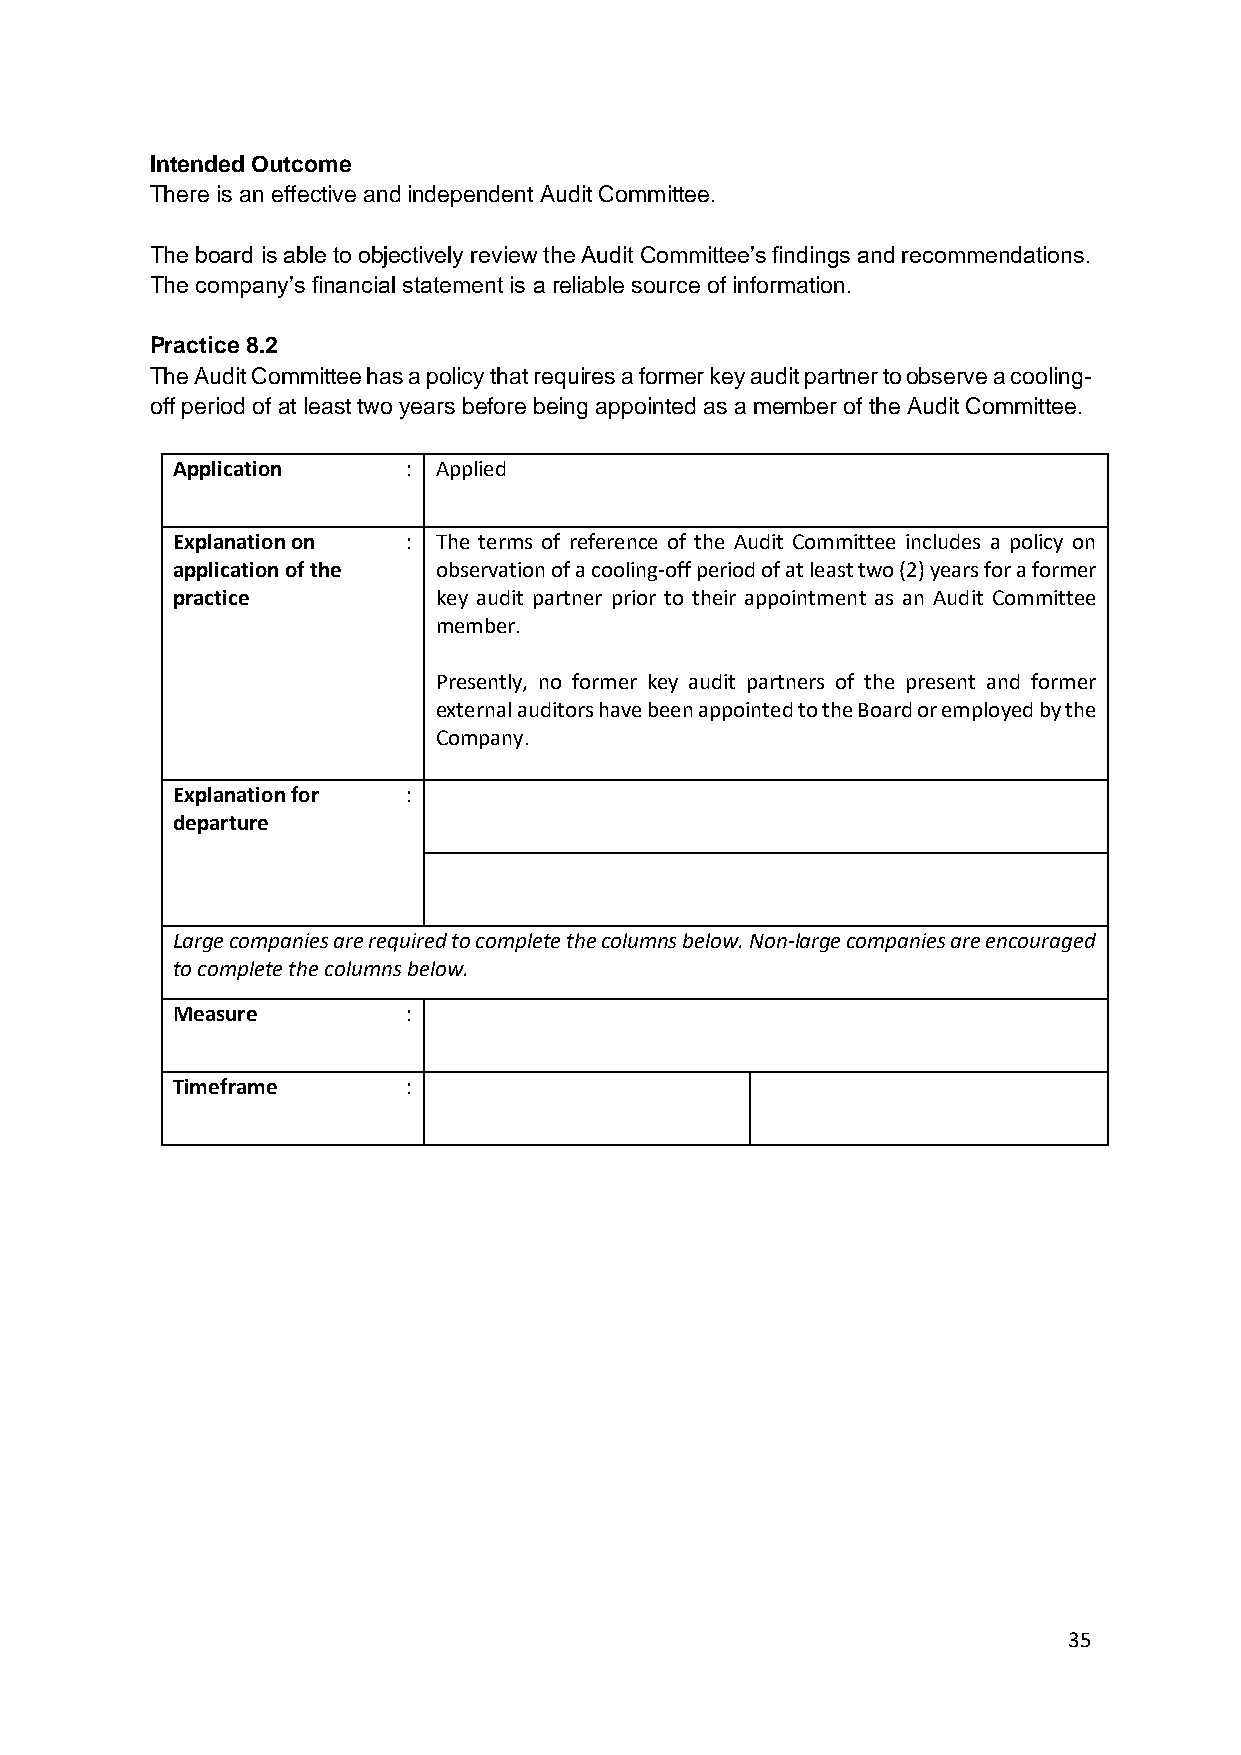
Intended Outcome
 There is an effective and independent Audit Committee.
 The board is able to objectively review the Audit Committee’s findings and recommendations.
 The company’s financial statement is a reliable source of information.
 Practice 8.2
 The Audit Committee has a policy that requires a former key audit partner to observe a cooling-
 off period of at least two years before being appointed as a member of the Audit Committee.
 Application     : Applied
 Explanation on  : The terms of reference of the Audit Committee includes a policy on
 application of the observation of a cooling-off period of at least two (2) years for a former
 practice          key audit partner prior to their appointment as an Audit Committee
 member.
 Presently, no former key audit partners of the present and former
 external auditors have been appointed to the Board or employed by the
 Company.
 Explanation for :
 departure
 Large companies are required to complete the columns below. Non-large companies are encouraged
 to complete the columns below.
 Measure         :
 Timeframe       :
 35